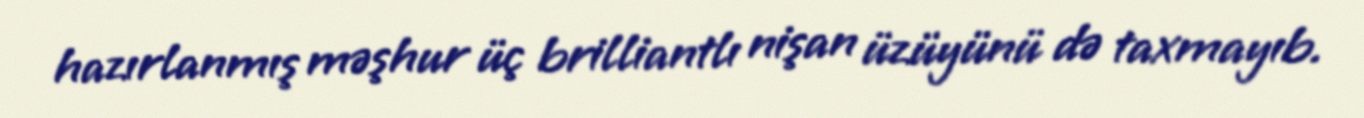
hazırlanmış məşhur üç brilliantlı nişan üzüyünü də taxmayıb.